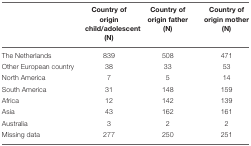
|  | Country of origin child/adolescent (N) | Country of origin father (N) | Country of origin mother (N) |
 | --- | --- | --- | --- |
 | The Netherlands | 839 | 508 | 471 |
 | Other European country | 38 | 33 | 53 |
 | North America | 7 | 5 | 14 |
 | South America | 31 | 148 | 159 |
 | Africa | 12 | 142 | 139 |
 | Asia | 43 | 162 | 161 |
 | Australia | 3 | 2 | 2 |
 | Missing data | 277 | 250 | 251 |